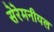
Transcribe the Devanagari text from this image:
सेरेमनीयल